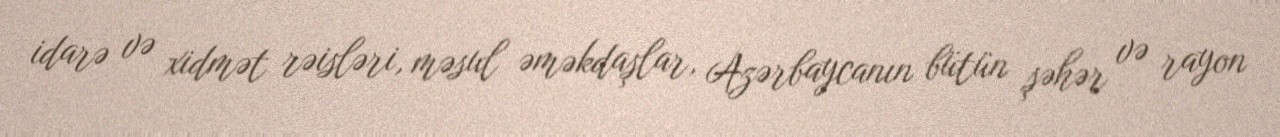
idarə və xidmət rəisləri, məsul əməkdaşlar, Azərbaycanın bütün şəhər və rayon